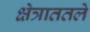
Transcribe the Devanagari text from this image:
क्षेत्राततले